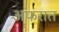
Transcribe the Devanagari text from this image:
अफरात